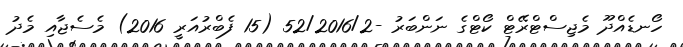
ހޯނޑެއްދޫ މެޖިސްޓްރޭޓް ކޯޓްގެ ނަންބަރު -52/2016/2 (15 ފެބްރުއަރީ 2016) މެސެޖާއި މެދު